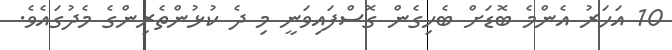
10 އަހަރު އެންމެ ބޮޑަށް ބެހިގެން ގޮސްފައިވަނީ މި ދެ ކުޅުންތެރިންގެ މެދުގައެވެ.